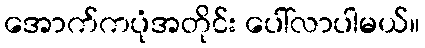
အောက်ကပုံအတိုင်း ပေါ်လာပါမယ်။